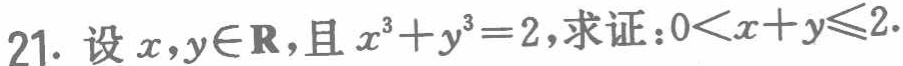
21. 设\(x,y\in\mathbf{R}\)，且\(x^{3}+y^{3}=2\)，求证：\(0<x + y\leqslant2\)。